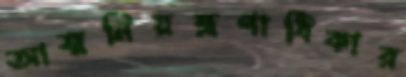
আত্মনিয়ন্ত্রণাধিকার